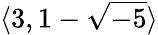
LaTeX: \langle 3,1-{\sqrt{-5}}\rangle